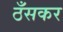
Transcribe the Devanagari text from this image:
ठँसकर